Rangoon Lunatic Asylum 1878-1892 - 1878-1892
Year: 1878
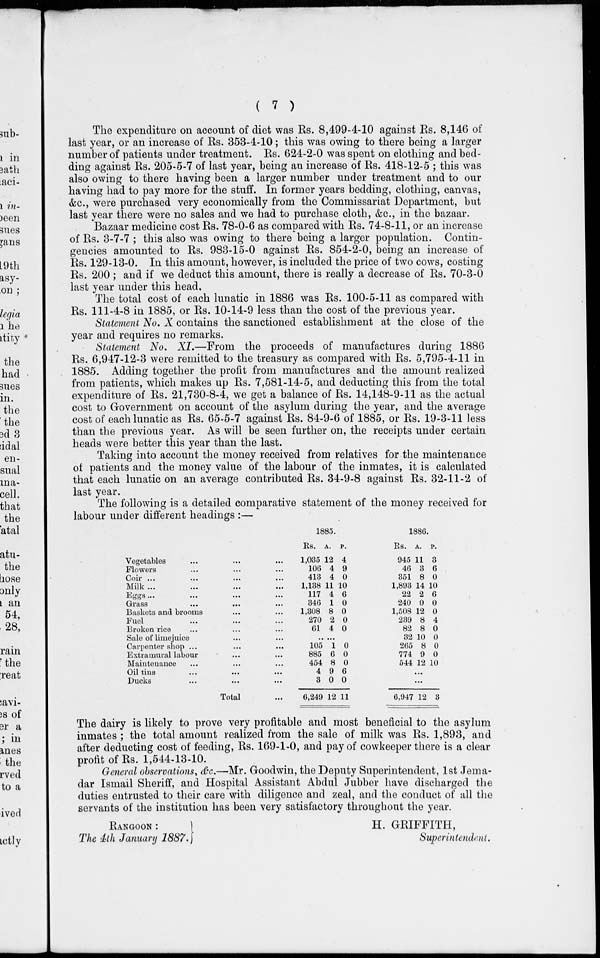
( 7 )
The expenditure on account of diet was Rs. 8,499-4-10 against Rs. 8,146 of
last year, or an increase of Rs. 353-4-10; this was owing to there being a larger
number of patients under treatment. Rs. 624-2-0 was spent on clothing and bed-
ding against Rs. 205-5-7 of last year, being an increase of Rs. 418-12-5 ; this was
also owing to there having been a larger number under treatment and to our
having had to pay more for the stuff. In former years bedding, clothing, canvas,
&c., were purchased very economically from the Commissariat Department, but
last year there were no sales and we had to purchase cloth, &c., in the bazaar.
Bazaar medicine cost Rs. 78-0-6 as compared with Rs. 74-8-11, or an increase
of Rs. 3-7-7 ; this also was owing to there being a larger population. Contin-
gencies amounted to Rs. 983-15-0 against Rs. 854-2-0, being an increase of
Rs. 129-13-0. In this amount, however, is included the price of two cows, costing
Rs. 200 ; and if we deduct this amount, there is really a decrease of Rs. 70-3-0
last year under this head.
The total cost of each lunatic in 1886 was Rs. 100-5-11 as compared with
Rs. 111-4-8 in 1885, or Rs. 10-14-9 less than the cost of the previous year.
Statement No. X contains the sanctioned establishment at the close of the
year and requires no remarks.
Statement No. XI.—From the proceeds of manufactures during 1886
Rs. 6,947-12-3 were remitted to the treasury as compared with Rs. 5,795-4-11 in
1885. Adding together the profit from manufactures and the amount realized
from patients, which makes up Rs. 7,581-14-5, and deducting this from the total
expenditure of Rs. 21,730-8-4, we get a balance of Rs. 14,148-9-11 as the actual
cost to Government on account of the asylum during the year, and the average
cost of each lunatic as Rs. 65-5-7 against Rs. 84-9-6 of 1885, or Rs. 19-3-11 less
than the previous year. As will be seen further on, the receipts under certain
heads were better this year than the last.
Taking into account the money received from relatives for the maintenance
of patients and the money value of the labour of the inmates, it is calculated
that each lunatic on an average contributed Rs. 34-9-8 against Rs. 32-11-2 of
last year.
The following is a detailed comparative statement of the money received for
labour under different headings :—
Vegetables ... ... ...
Flowers ... ... ...
Coir ... ... ... ...
Milk ... ... ... ...
Eggs... ... ... ...
Grass
...
...
...
Baskets and brooms ... ...
Fuel ... ... ...
Broken rice ... ... ...
Sale of limejuice ... ...
Carpenter shop ... ... ...
Extramural labour ... ...
Maintenance ... ... ...
Oil tins ... ... ...
Ducks ... ... ...
Total ...
1885.
Rs.
1,035
106
413
1,138
117
346
1,308
270
61
A.
12
4
4
11
4
1
8
2
4
P.
4
9
0
10
6
0
0
0
0
.....
105
885
454
4
3
6,249
1
6
8
9
0
12
0
0
0
6
0
11
1886.
Rs.
945
46
351
1,893
22
240
1,508
239
82
32
265
774
544
A.
11
3
8
14
2
0
12
8
8
10
8
9
12
P.
3
6
0
10
6
0
0
4
0
0
0
0
10
...
...
6,947 12 3
The dairy is likely to prove very profitable and most beneficial to the asylum
inmates ; the total amount realized from the sale of milk was Rs. 1,893, and
after deducting cost of feeding, Rs. 169-1-0, and pay of cowkeeper there is a clear
profit of Rs. 1,544-13-10.
General observations, &c.—Mr. Goodwin, the Deputy Superintendent, 1st Jema-
dar Ismail Sheriff, and Hospital Assistant Abdul Jubber have discharged the
duties entrusted to their care with diligence and zeal, and the conduct of all the
servants of the institution has been very satisfactory throughout the year.
RANGOON :
The 4th January 1887.
H. GRIFFITH,
Superintendent.